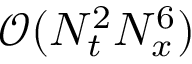
\mathcal { O } ( N _ { t } ^ { 2 } N _ { x } ^ { 6 } )